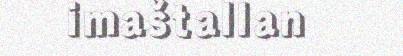
imaštallan